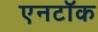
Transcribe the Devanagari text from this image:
एनटॉक